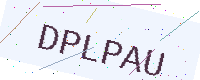
Text: DPLPAU